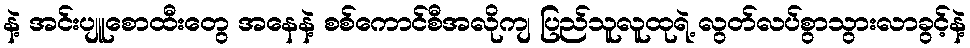
နဲ့ အင်းပျူစောထီးတွေ အနေနဲ့ စစ်ကောင်စီအလိုကျ ပြည်သူလူထုရဲ့ လွတ်လပ်စွာသွားလာခွင့်နဲ့